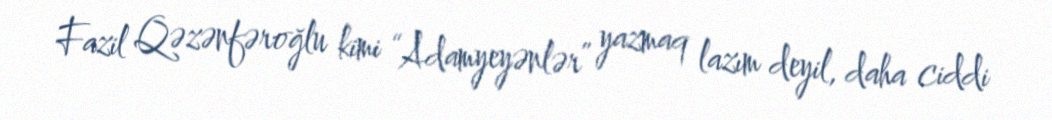
Fazil Qəzənfəroğlu kimi “Adamyeyənlər” yazmaq lazım deyil, daha ciddi